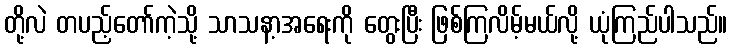
တို့လဲ တပည့်တော်ကဲ့သို့ သာသနာ့အရေးကို တွေးပြီး ဖြစ်ကြလိမ့်မယ်လို့ ယုံကြည်ပါသည်။